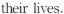
their lives.